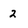
Character: 2